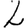
Digit: 2